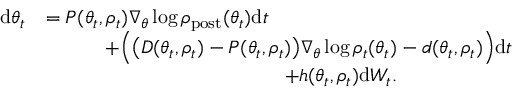
\begin{array} { r l } { \mathrm { d } \theta _ { t } } & { = P ( \theta _ { t } , \rho _ { t } ) \nabla _ { \theta } \log \rho _ { \mathrm { p o s t } } ( \theta _ { t } ) \mathrm { d } t } \\ & { \quad \quad \quad + \Bigl ( \bigl ( D ( \theta _ { t } , \rho _ { t } ) - P ( \theta _ { t } , \rho _ { t } ) \bigr ) \nabla _ { \theta } \log \rho _ { t } ( \theta _ { t } ) - d ( \theta _ { t } , \rho _ { t } ) \Bigr ) \mathrm { d } t } \\ & { \qquad \qquad \qquad \qquad \qquad \qquad + h ( \theta _ { t } , \rho _ { t } ) \mathrm { d } W _ { t } . } \end{array}